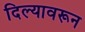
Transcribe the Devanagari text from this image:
दिल्यावरून